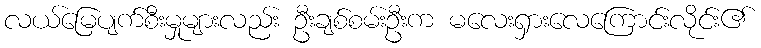
လယ်မြေပျက်စီးမှုများလည်း ဦးချစ်စမ်းဦးက မလေးရှားလေကြောင်းလိုင်း၏